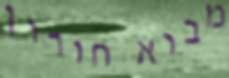
מבוא חורון